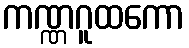
ကဏ္ဏဂူထကော